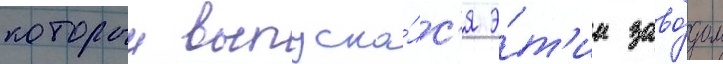
которыи выпуска́лс'я э́т'им заво́дом